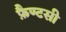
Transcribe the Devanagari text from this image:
फ़ैण्टसी